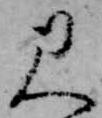
見